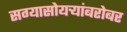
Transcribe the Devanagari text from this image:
सग्यासोयर्‍यांबरोबर